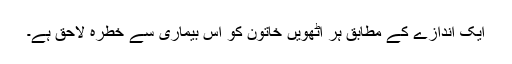
ایک اندازے کے مطابق ہر آٹھویں خاتون کو اس بیماری سے خطرہ لاحق ہے۔